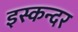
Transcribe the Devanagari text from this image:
इस्कन्दर